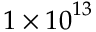
1 \times { 1 0 } ^ { 1 3 }